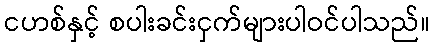
ငဟစ်နှင့် စပါးခင်းငှက်များပါဝင်ပါသည်။